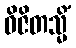
ဝိဇိတသ္မိံ